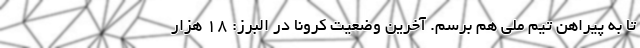
تا به پیراهن تیم ملی هم برسم. آخرین وضعیت کرونا در البرز: ۱۸ هزار